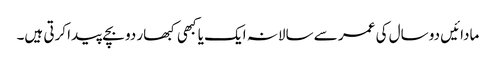
مادائیں دو سال کی عمر سے سالانہ ایک یا کبھی کبھار دو بچے پیدا کرتی ہیں۔